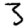
Digit: 3